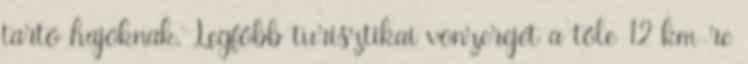
tartó hajóknak. Legfőbb turisztikai vonzerejét a tőle 12 km-re